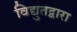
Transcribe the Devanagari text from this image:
विद्युतद्वारा